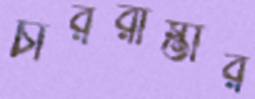
চাররাস্তার